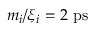
m _ { i } / \xi _ { i } = 2 \ \mathrm { p s }